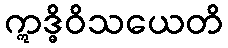
ဣဒ္ဓိဝိသယေတိ